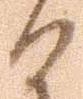
る